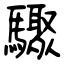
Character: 驟